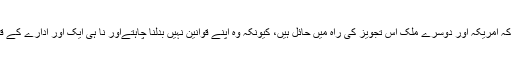
لیکن اخبار کہتا ہے کہ امریکہ اور دوسرے ملک اس تجویز کی راہ میں حائل ہیں، کیونکہ وُہ اپنے قوانین نہیں بدلنا چاہتےاور نا ہی ایک اور ادارے کے قیام کے لئےتیار ہیں۔